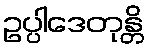
ဥပ္ပါဒေတုန္တိ